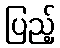
ပြည့်